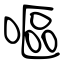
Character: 嘔